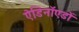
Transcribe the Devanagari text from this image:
ऐडिनॉएडों